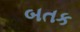
બતક